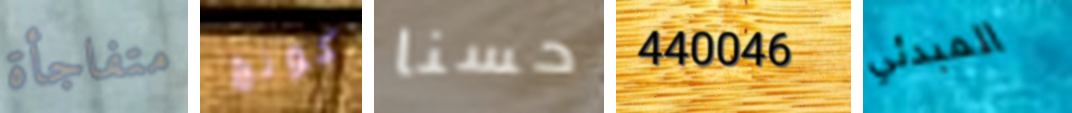
متفاجأة كونج حسنا 440046 المبدئي